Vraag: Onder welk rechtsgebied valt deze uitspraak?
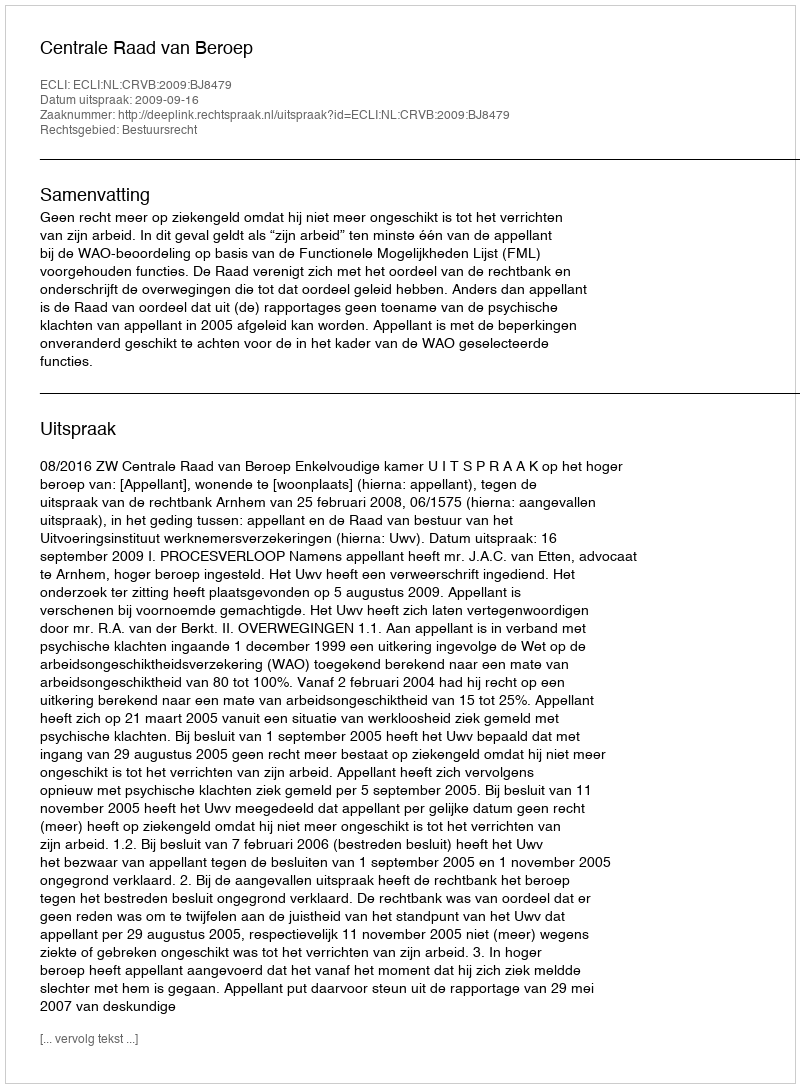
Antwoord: Bestuursrecht